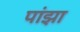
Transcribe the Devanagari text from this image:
पांझा